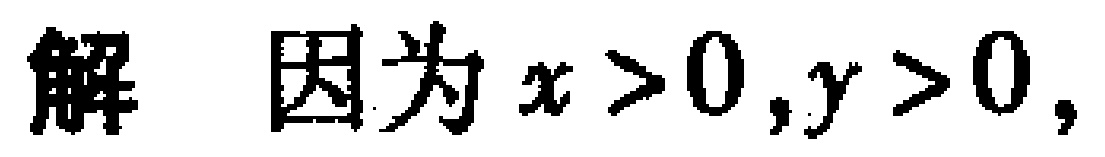
解 因为 \(x > 0,y > 0,\)